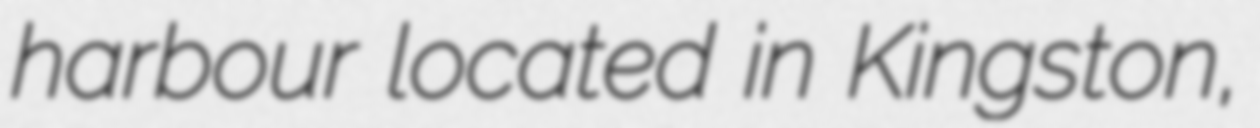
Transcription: harbour located in Kingston,